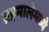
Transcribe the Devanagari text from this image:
ग्रहमालेमध्ये